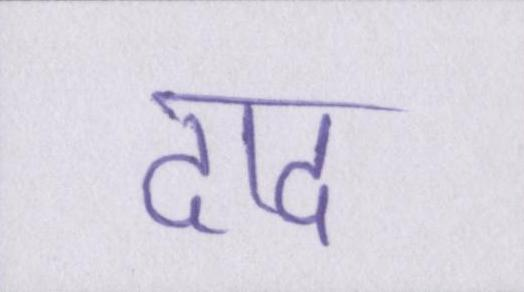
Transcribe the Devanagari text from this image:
दाद